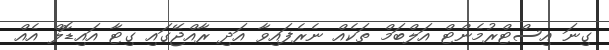
ގިނަ އިސްޓްރުމެންޓް އަލްބަމް ތަކެއް ނެރެފައިވާ އަދި ރާއްޖޭގައި ގިޓާ އައިޑޮލް އެއް